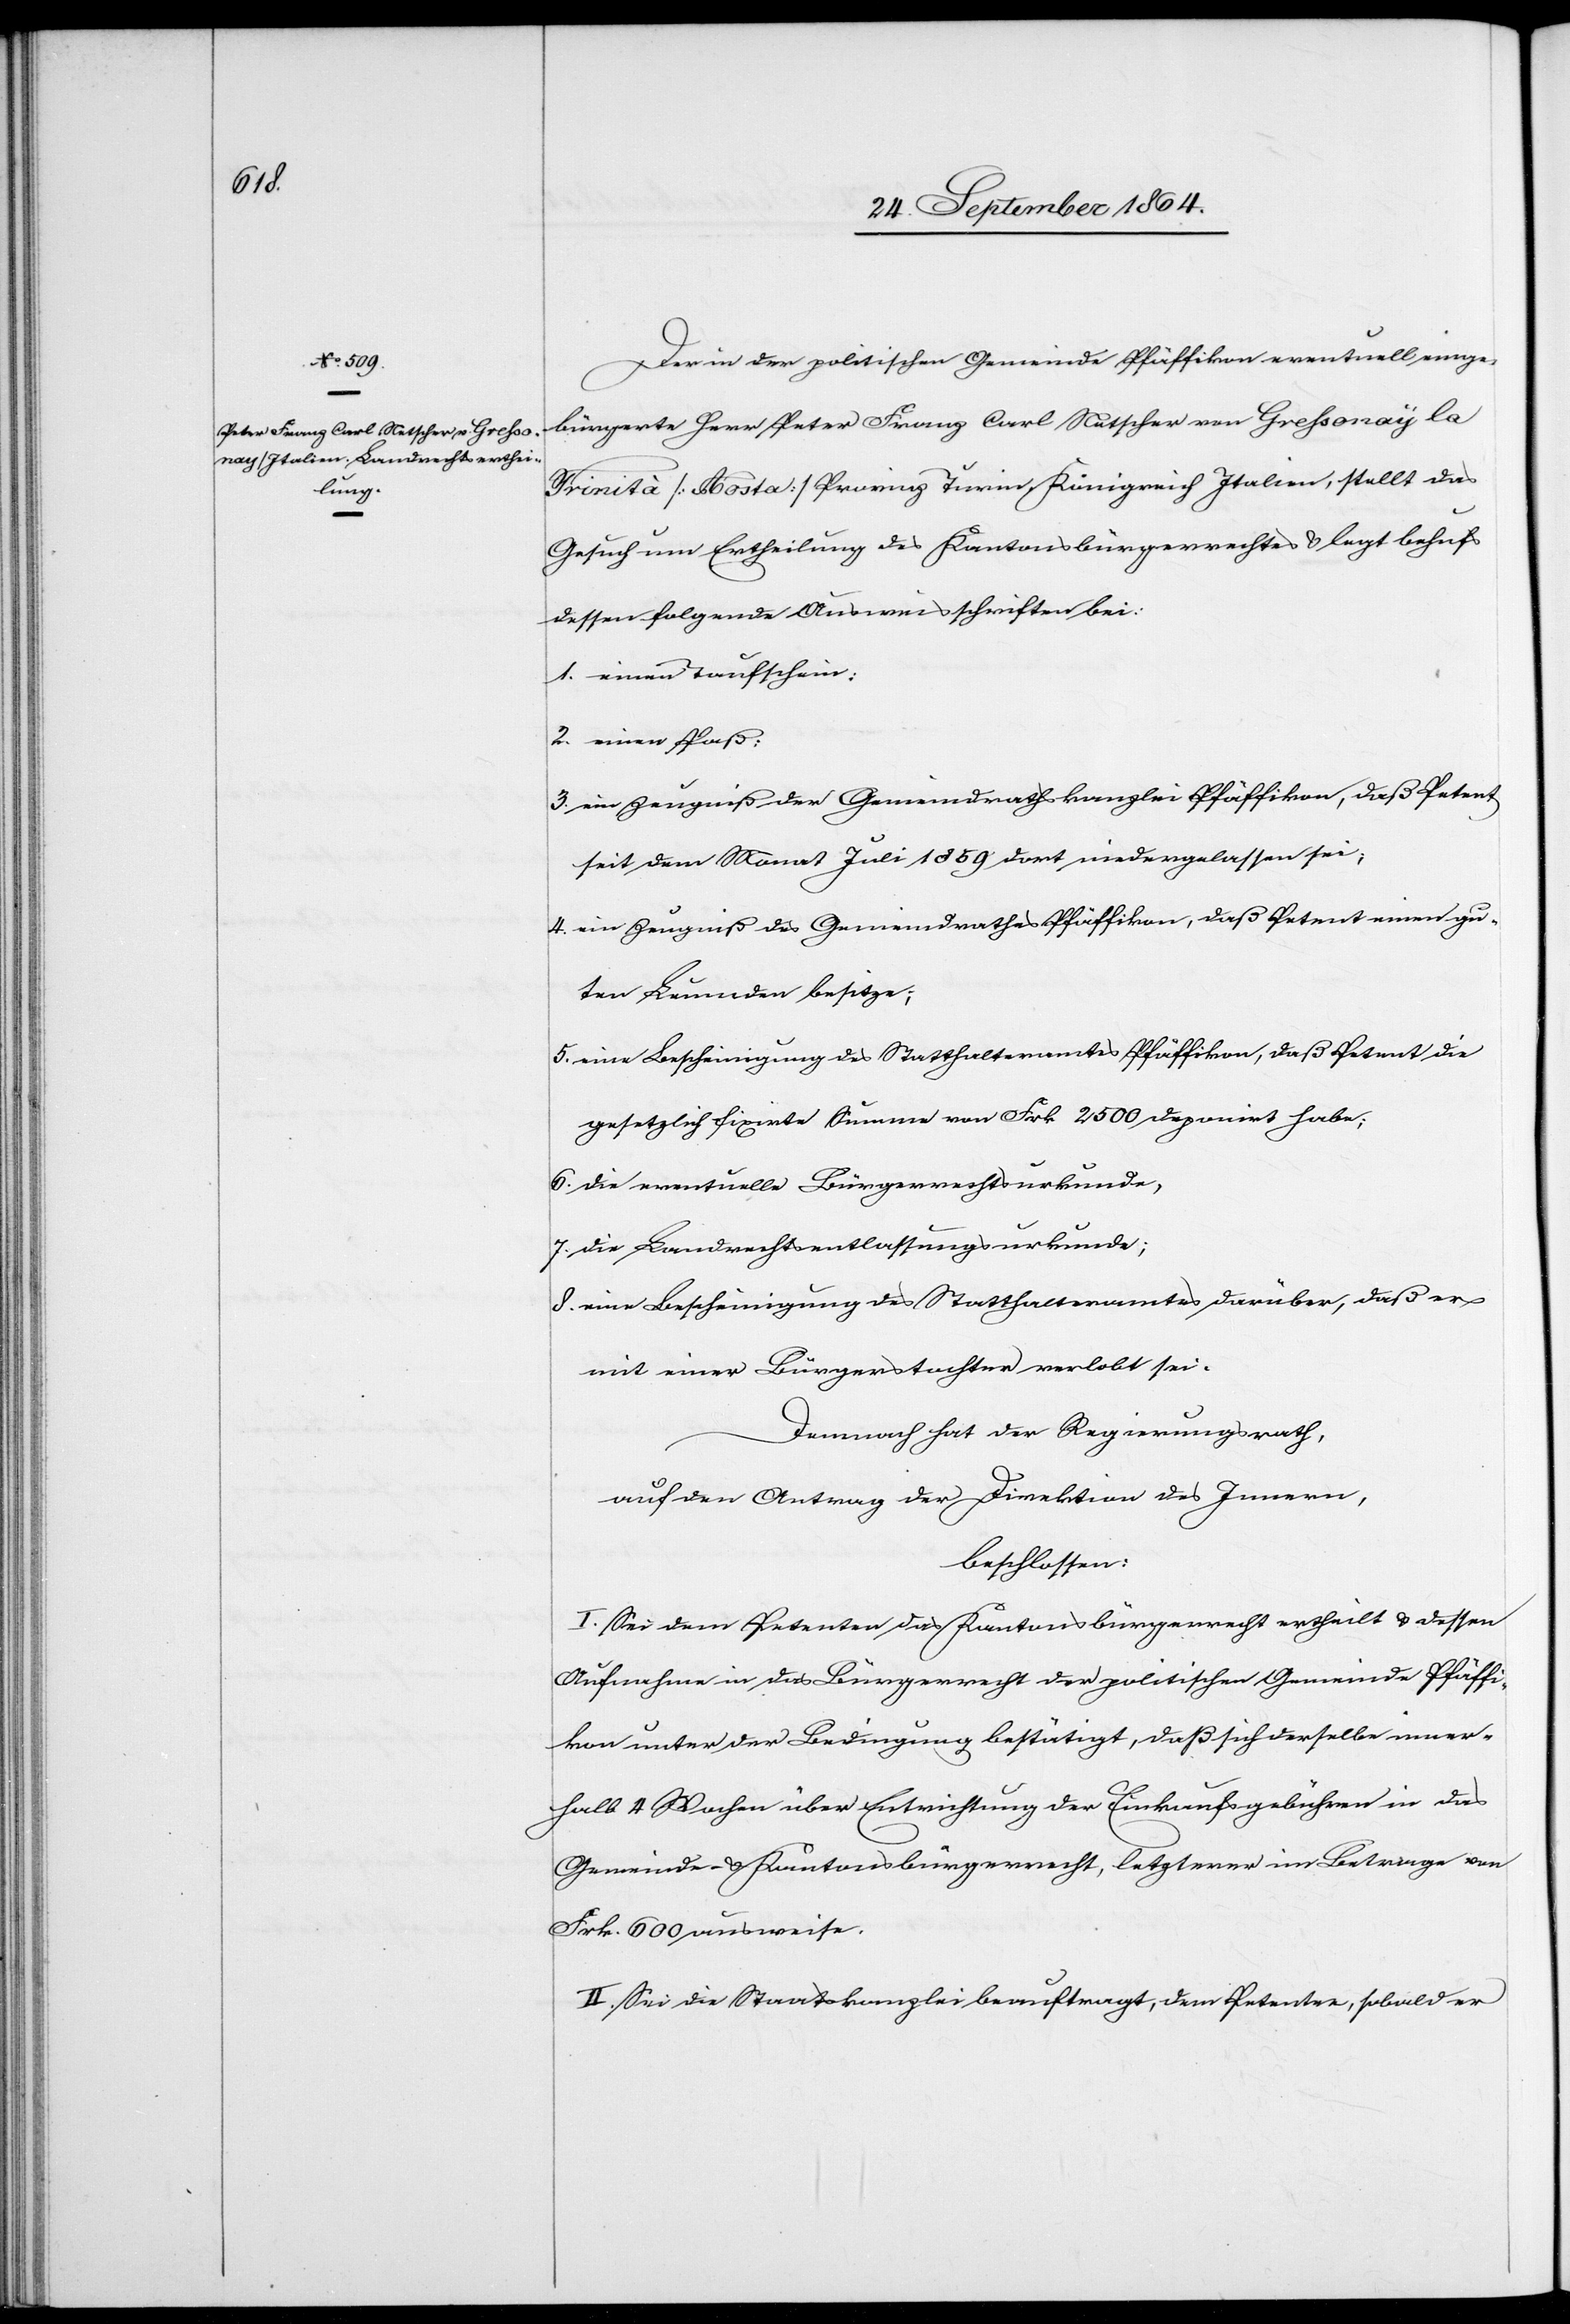
Der in der politischen Gemeinde Pfäffikon eventuell einge¬
bürgerte Herr Peter Franz Carl Netscher von Gressonay la
Frinità [Aosta] Provinz Turin, Königreich Italien, stellt das
Gesuch um Ertheilung des Kantonsbürgerrechtes & legt behufs
dessen folgende Ausweisschriften bei:
1.	einen Taufschein;
2.	einen Paß;
3.	ein Zeugniß der Gemeindrathskanzlei Pfäffikon, daß Petent
seit dem Monat Juli 1859 dort niedergelassen sei;
4.	ein Zeugniß des Gemeindrathes Pfäffikon, daß Petent einen gu¬
ten Leumund besitze;
5.	eine Bescheinigung des Statthalteramtes Pfäffikon, daß Petent die
gesetzlich fixirte Summe von Frk. 2 500 deponirt habe;
6.	die eventuelle Bürgerrechtsurkunde;
7.	die Landrechtsentlassungsurkunde;
8.	eine Bescheinigung des Statthalteramtes darüber, daß er
mit einer Bürgerstochter verlobt sei.
Demnach hat der Regierungsrath,
auf den Antrag der Direktion des Innern,
beschlossen:
I. Sei dem Petenten das Kantonsbürgerrecht ertheilt & dessen
Aufnahme in das Bürgerrecht der politischen Gemeinde Pfäffi¬
kon unter der Bedingung bestätigt, daß sich derselbe inner¬
halb 4 Wochen über Entrichtung der Einkaufsgebühren in das
Gemeinde- & Kantonsbürgerrecht, letzterer [sic!] im Betrage von
Frk. 600 ausweise.
II. Sei die Staatskanzlei beauftragt, dem Petenten, sobald er